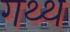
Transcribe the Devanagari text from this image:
गथ्थ